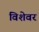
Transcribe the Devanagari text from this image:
विशेवर